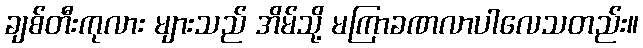
ချစ်တီးကုလား များသည် အိမ်သို့ မကြာခဏလာပါလေသတည်း။